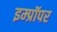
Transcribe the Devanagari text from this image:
इम्प्रॉपर